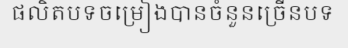
ផលិតបទចម្រៀងបានចំនួនច្រើនបទ